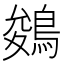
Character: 鵕